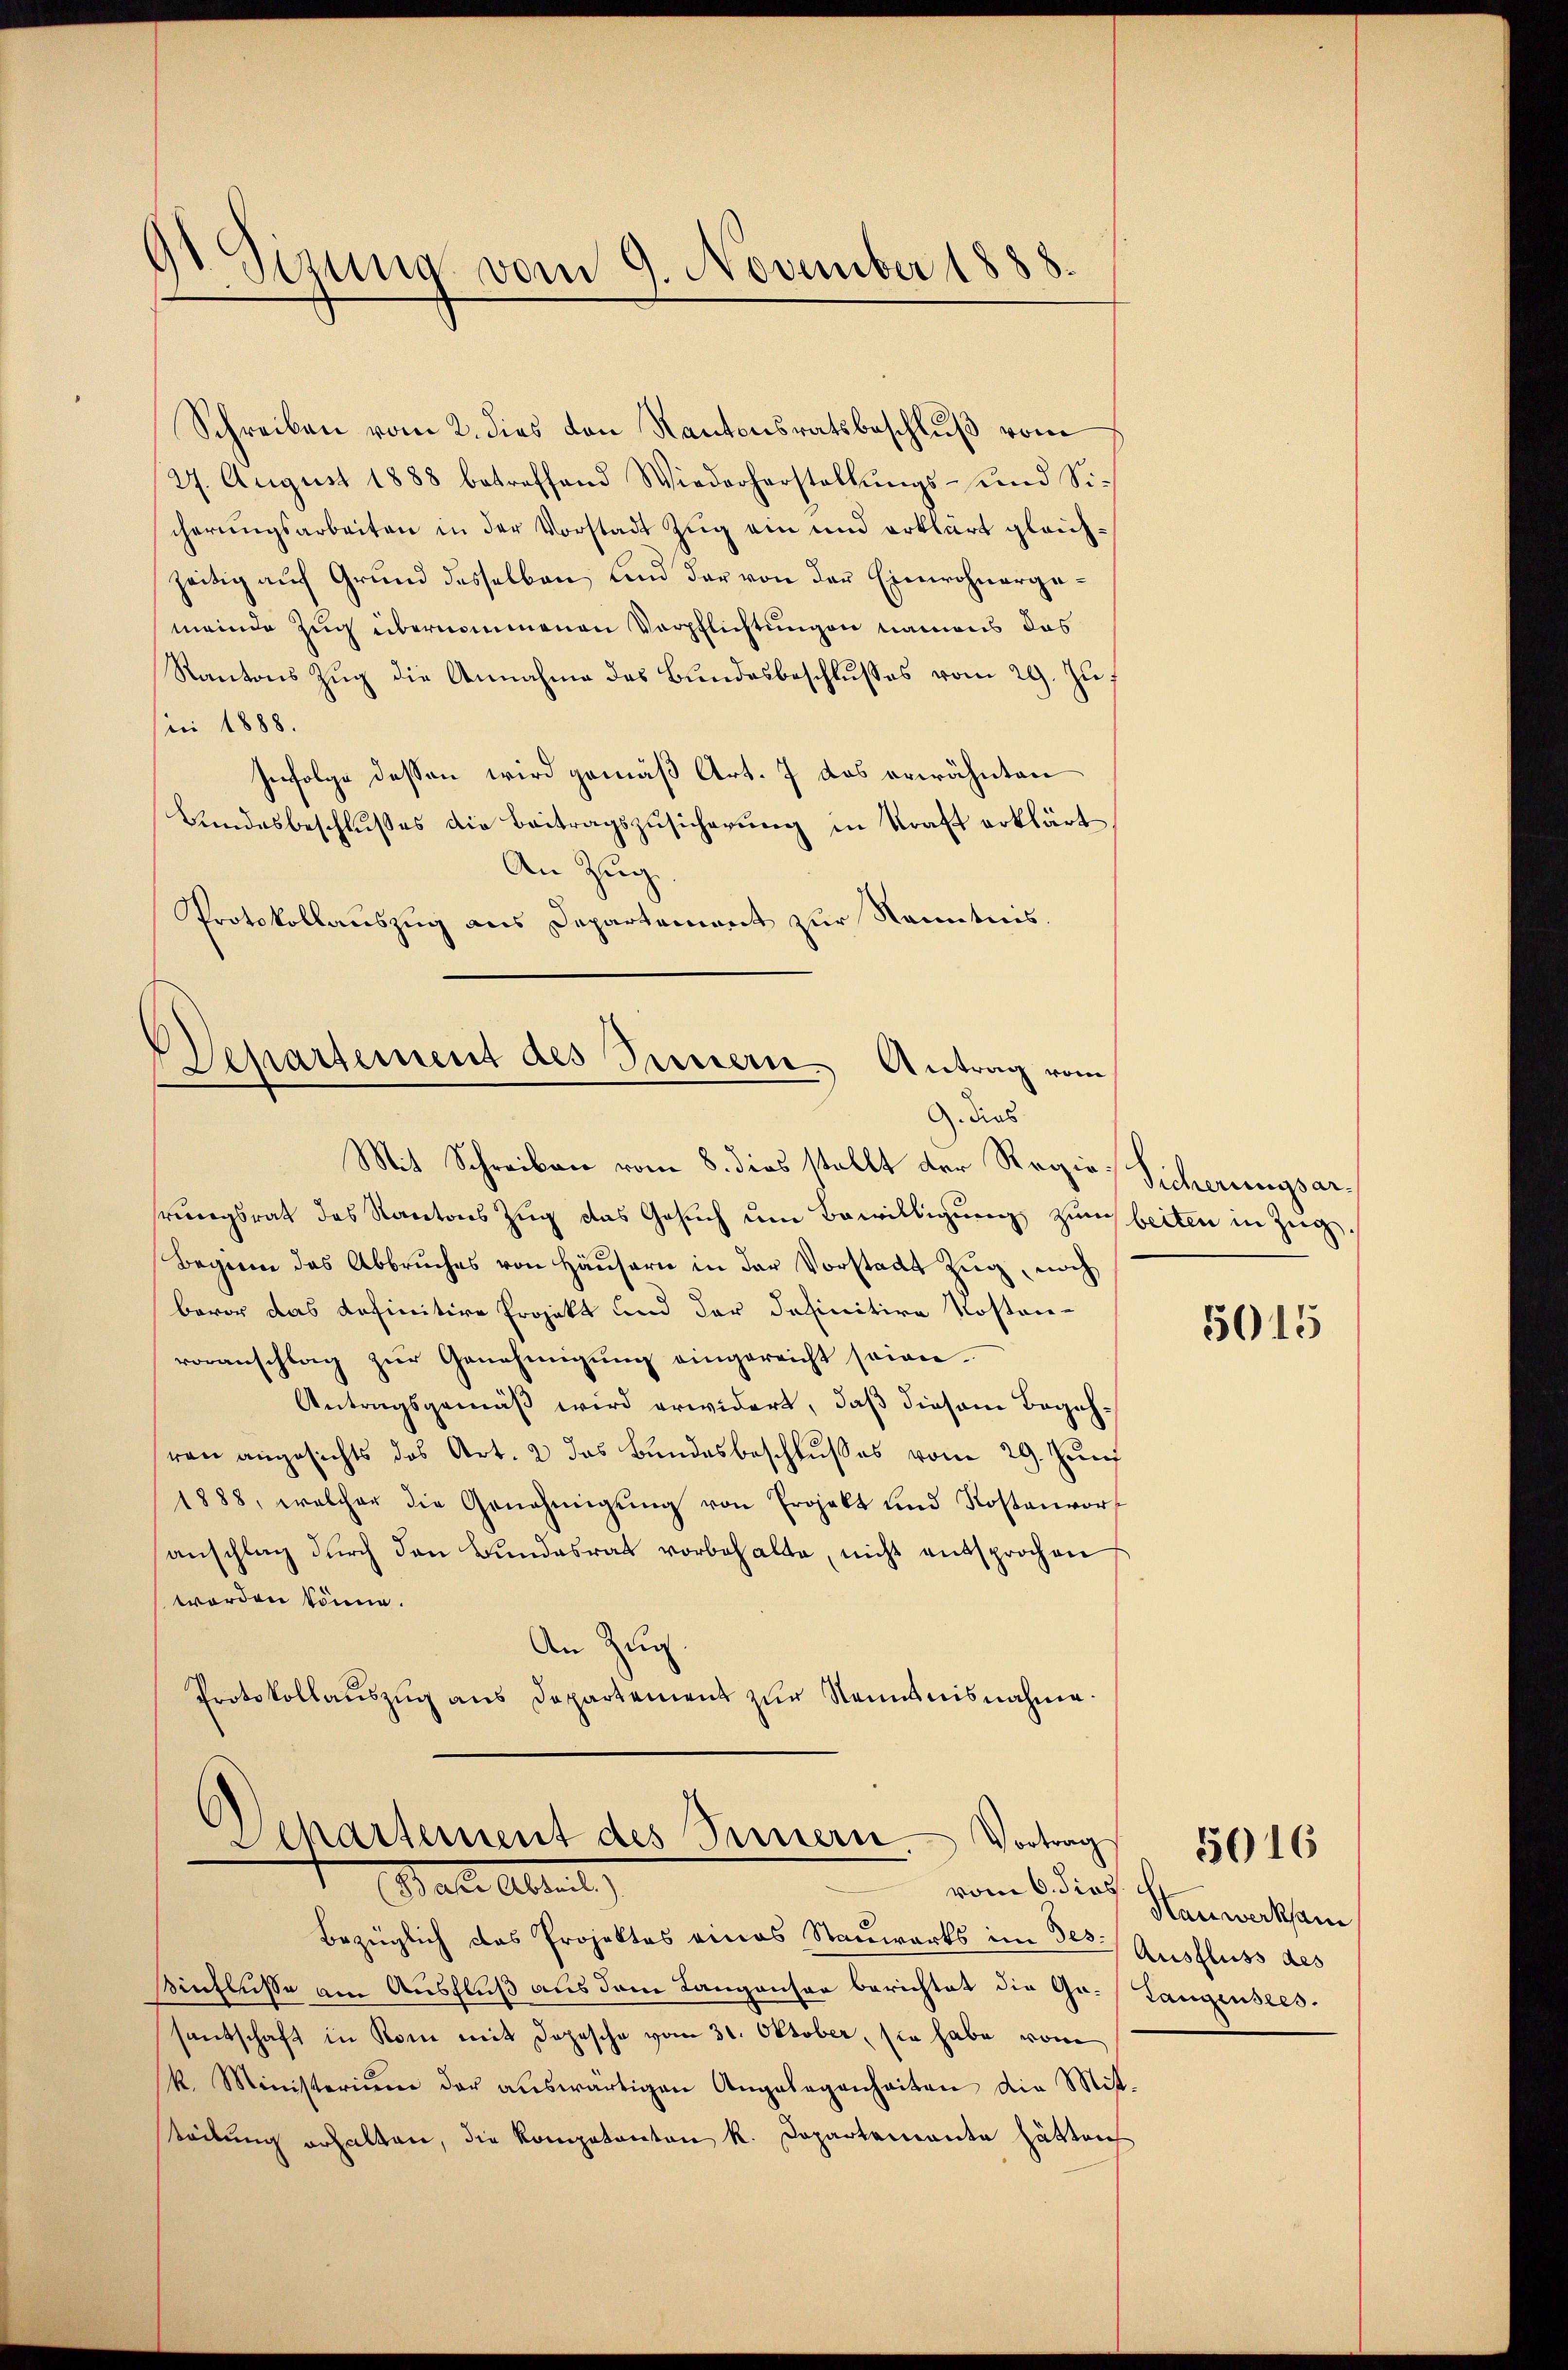
1
9t. Sizung vom 9. November 1888.

Schreiben vom 2. dies von Kantonsratsbeschlŭβ vom
27. August 1888 betreffend Wiederherstellŭngs- und Sicherungsarbeiten in der Vorstadt Zug ein und erklärt gleichzeitig auf Grund desselben und der von der Einwohnergemeinde Zug übernommenen Verpflichtungen namens das
Kantons Zug die Annahme des Bundesbeschlusses vom 29. Zuf
ini 1888.
Infolge dessen wird gemäß Art. 7 das erwähnten
Bundesbeschlußes die Beitragszusicherung in Kraft erklärt
An Zug.
Protokollauszug aus Departement zur Kenntnis.

Departement des Sennern Antrag vom
Gedies
Mit Schreiben vom 8. dies stellt der Regie Sicherungsar¬

rungsrat des Kantons Zug das Gesuch um Bewilligung zum beiten in Zug,
Beginn das Abbruches von Häusern in der Vorstadt Zug, noch
bevor das definitive Projekt und der definitive Kosten-
voranschlag zur Genehmigung eingereicht seien.
Antragsgemäß wird erwidert, daß diesem Begehren angesichts das Art. 2 das Bundesbeschlusses vom 29. Juni
1888, welcher die Genehmigŭng von Projekt und Kostenvor
anschlag durch den Bundesrat vorbehalte, nicht entsprochen
worden könne.
An Zug.
Protokollaŭszŭg ans Departement zŭr Nenntnisnahme.

Departement des Innern Vortrag
11. et. Alternt
vom 6. dies

bezüglich das Projektes eines Stauwarks im Ges. Ausfluss des
sinfluße am Ausfluß aus dem Langanson berichtet die Go. (Langensressantschaft in Rom mit dopesche vom 31. Oktober, sie habe vom
k. Ministerium der aŭswärtigen Angelegenheiten die Mit-
teilung erhalten, die Kompetenton K. Departemente hätten

5015

Hauwerksam,

5016